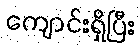
ကျောင်းရှိပြီး